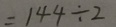
= 1 4 4 \div 2